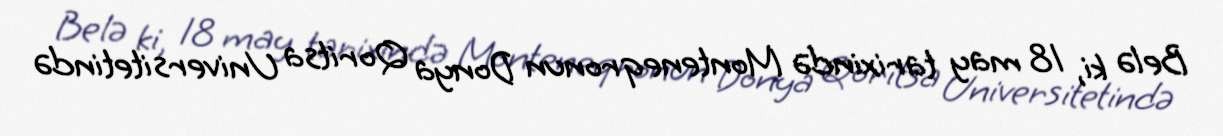
Belə ki, 18 may tarixində Monteneqronun Donya Qoritsa Universitetində